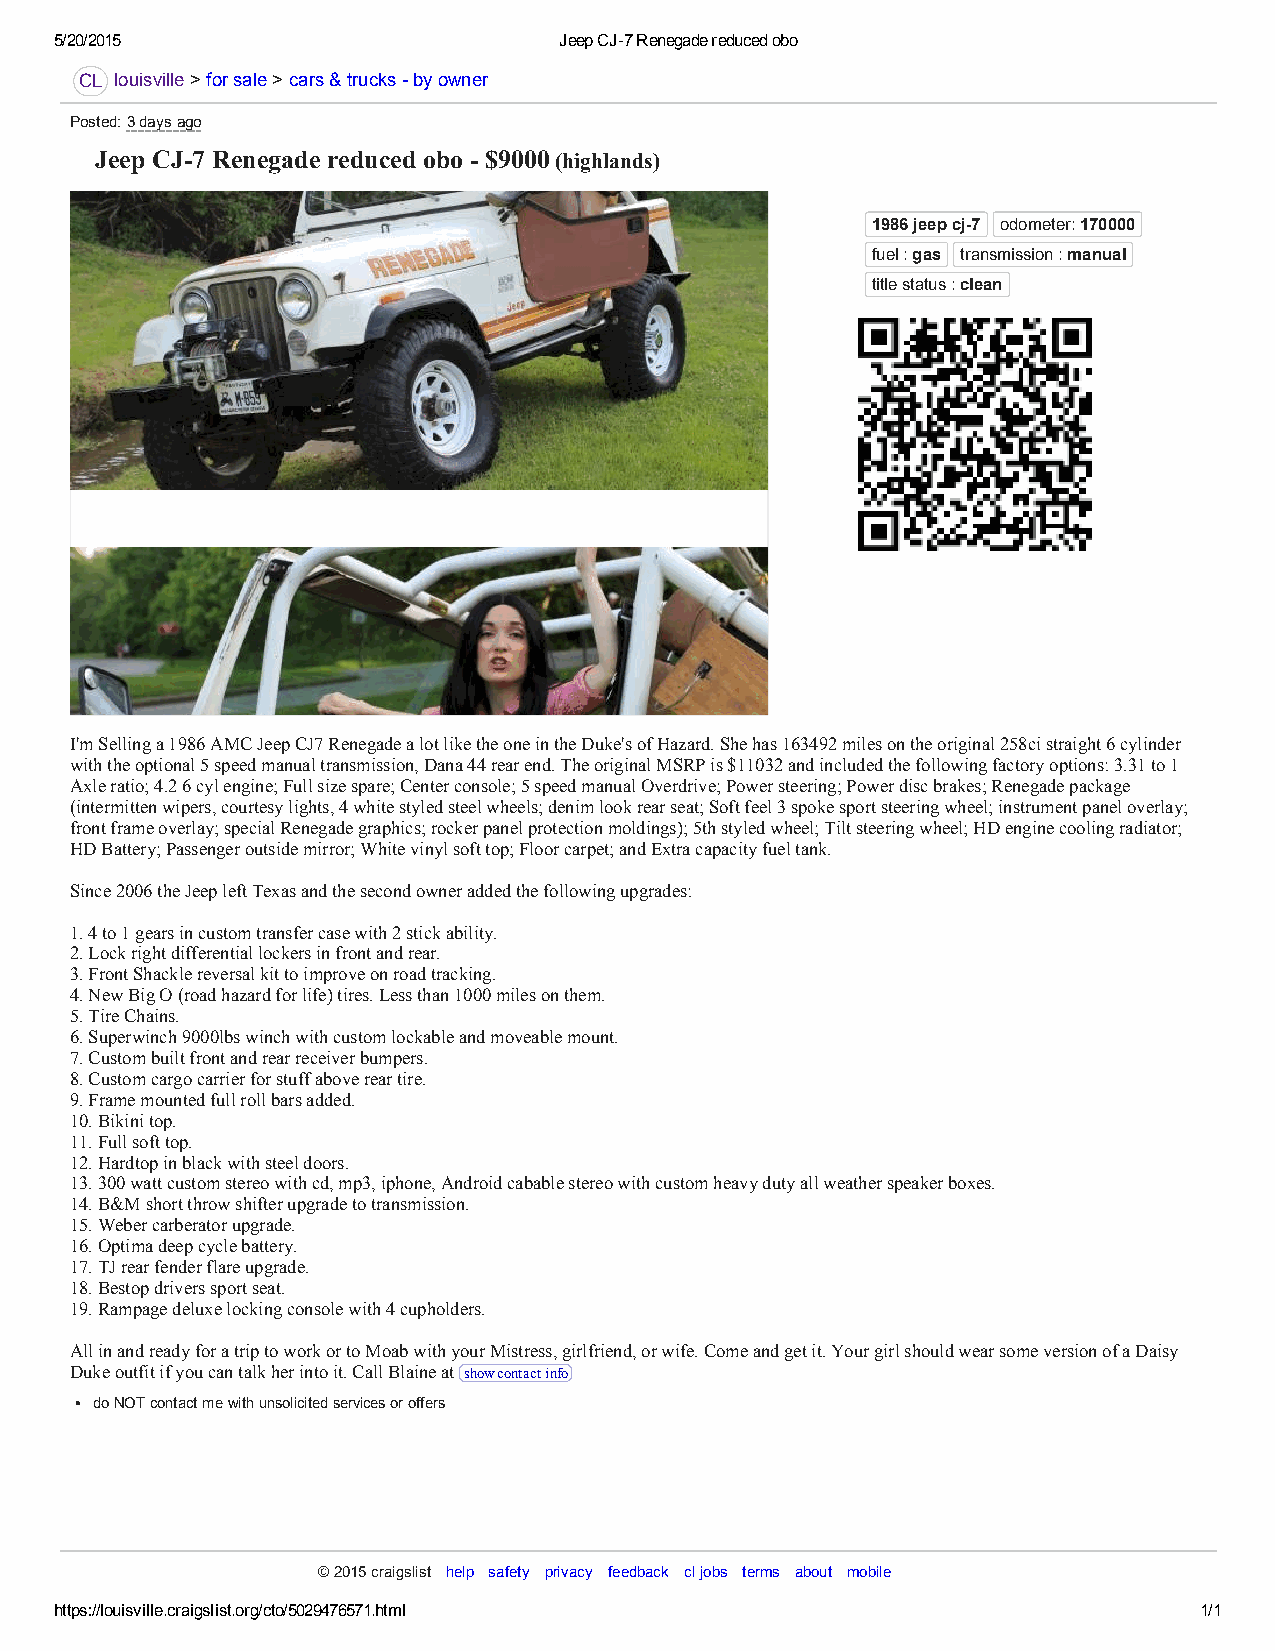
5/20/2015                        Jeep CJ­7 Renegade reduced obo
 CL louisville >for sale >cars & trucks ­ by owner
 Posted: 3 days ago
 Jeep CJ­7 Renegade reduced obo ­ $9000 (highlands)
 1986 jeep cj­7 odometer: 170000
 fuel : gas transmission : manual
 title status : clean
 I'm Selling a 1986 AMC Jeep CJ7 Renegade a lot like the one in the Duke's of Hazard. She has 163492 miles on the original 258ci straight 6 cylinder
 with the optional 5 speed manual transmission, Dana 44 rear end. The original MSRP is $11032 and included the following factory options: 3.31 to 1
 Axle ratio; 4.2 6 cyl engine; Full size spare; Center console; 5 speed manual Overdrive; Power steering; Power disc brakes; Renegade package
 (intermitten wipers, courtesy lights, 4 white styled steel wheels; denim look rear seat; Soft feel 3 spoke sport steering wheel; instrument panel overlay;
 front frame overlay; special Renegade graphics; rocker panel protection moldings); 5th styled wheel; Tilt steering wheel; HD engine cooling radiator;
 HD Battery; Passenger outside mirror; White vinyl soft top; Floor carpet; and Extra capacity fuel tank.
 Since 2006 the Jeep left Texas and the second owner added the following upgrades:
 1. 4 to 1 gears in custom transfer case with 2 stick ability.
 2. Lock right differential lockers in front and rear.
 3. Front Shackle reversal kit to improve on road tracking.
 4. New Big O (road hazard for life) tires. Less than 1000 miles on them.
 5. Tire Chains.
 6. Superwinch 9000lbs winch with custom lockable and moveable mount.
 7. Custom built front and rear receiver bumpers.
 8. Custom cargo carrier for stuff above rear tire.
 9. Frame mounted full roll bars added.
 10. Bikini top.
 11. Full soft top.
 12. Hardtop in black with steel doors.
 13. 300 watt custom stereo with cd, mp3, iphone, Android cabable stereo with custom heavy duty all weather speaker boxes.
 14. B&M short throw shifter upgrade to transmission.
 15. Weber carberator upgrade.
 16. Optima deep cycle battery.
 17. TJ rear fender flare upgrade.
 18. Bestop drivers sport seat.
 19. Rampage deluxe locking console with 4 cupholders.
 All in and ready for a trip to work or to Moab with your Mistress, girlfriend, or wife. Come and get it. Your girl should wear some version of a Daisy
 Duke outfit if you can talk her into it. Call Blaine at show contact info
 do NOT contact me with unsolicited services or offers
 © 2015 craigslist help safety privacy feedback cl jobs terms about mobile
 https://louisville.craigslist.org/cto/5029476571.html                      1/1